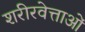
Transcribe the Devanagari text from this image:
शरीरवेत्ताओं